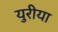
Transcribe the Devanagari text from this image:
युरीया